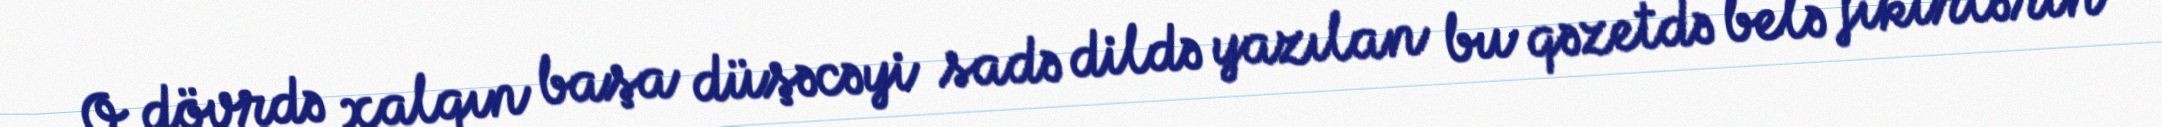
O dövrdə xalqın başa düşəcəyi sadə dildə yazılan bu qəzetdə belə fikirlərin